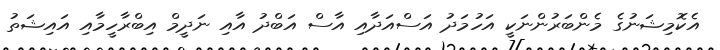
އެކޮމިޝަނުގެ މެންބަރުންނަކީ އަހުމަދު އަސްއަދާއި އާސް އަބްދު އާއި ނަދީމް އިބްރާހީމާއި އައިޝަތު